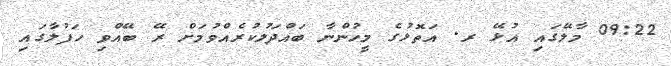
09:22 މާލޭގައި އުޅޭ ރ. އަތޮޅުގެ މީހުންނާ ބައްދަލުކުރެއްވުމަށް ރޭ ބޭއްވި ހަފުލާގައި